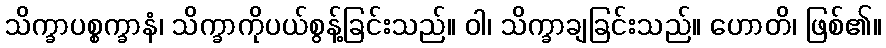
သိက္ခာပစ္စက္ခာနံ၊ သိက္ခာကိုပယ်စွန့်ခြင်းသည်။ ဝါ၊ သိက္ခာချခြင်းသည်။ ဟောတိ၊ ဖြစ်၏။